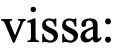
vissa: